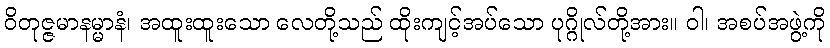
ဝိတုဇ္ဇမာနမ္မာနံ၊ အထူးထူးသော လေတို့သည် ထိုးကျင့်အပ်သော ပုဂ္ဂိုလ်တို့အား။ ဝါ၊ အစပ်အဖွဲ့ကို